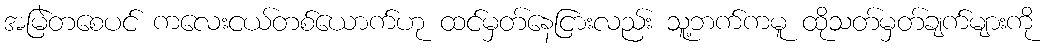
အမြဲတစေပင် ကလေးငယ်တစ်ယောက်ဟု ထင်မှတ်နေငြားလည်း သူ့ဘက်ကမူ ထိုသတ်မှတ်ချက်များကို